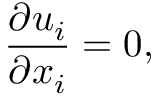
\frac { { \partial { u _ { i } } } } { { \partial { x _ { i } } } } = 0 ,